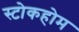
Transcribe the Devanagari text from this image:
स्टोकहोम